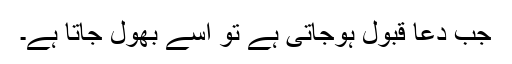
جب دعا قبول ہوجاتی ہے تو اسے بھول جاتا ہے۔